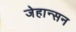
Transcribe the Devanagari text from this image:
जेहान्सन